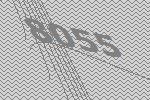
8055